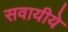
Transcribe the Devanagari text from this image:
सवायीये